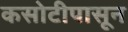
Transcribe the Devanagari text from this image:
कसोटीपासून